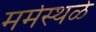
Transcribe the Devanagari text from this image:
मर्मस्थळे